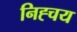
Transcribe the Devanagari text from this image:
निह्चय